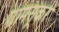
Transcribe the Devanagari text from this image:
ग्रामसूकर